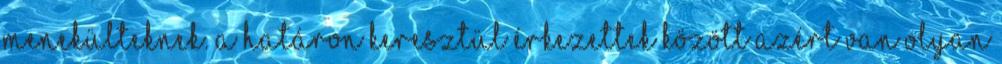
menekülteknek. A határon keresztül érkezettek között azért van olyan